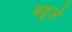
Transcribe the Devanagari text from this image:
बहुले